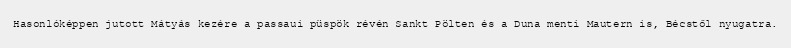
Hasonlóképpen jutott Mátyás kezére a passaui püspök révén Sankt Pölten és a Duna menti Mautern is, Bécstől nyugatra.